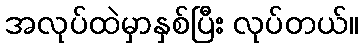
အလုပ်ထဲမှာနှစ်ပြီး လုပ်တယ်။